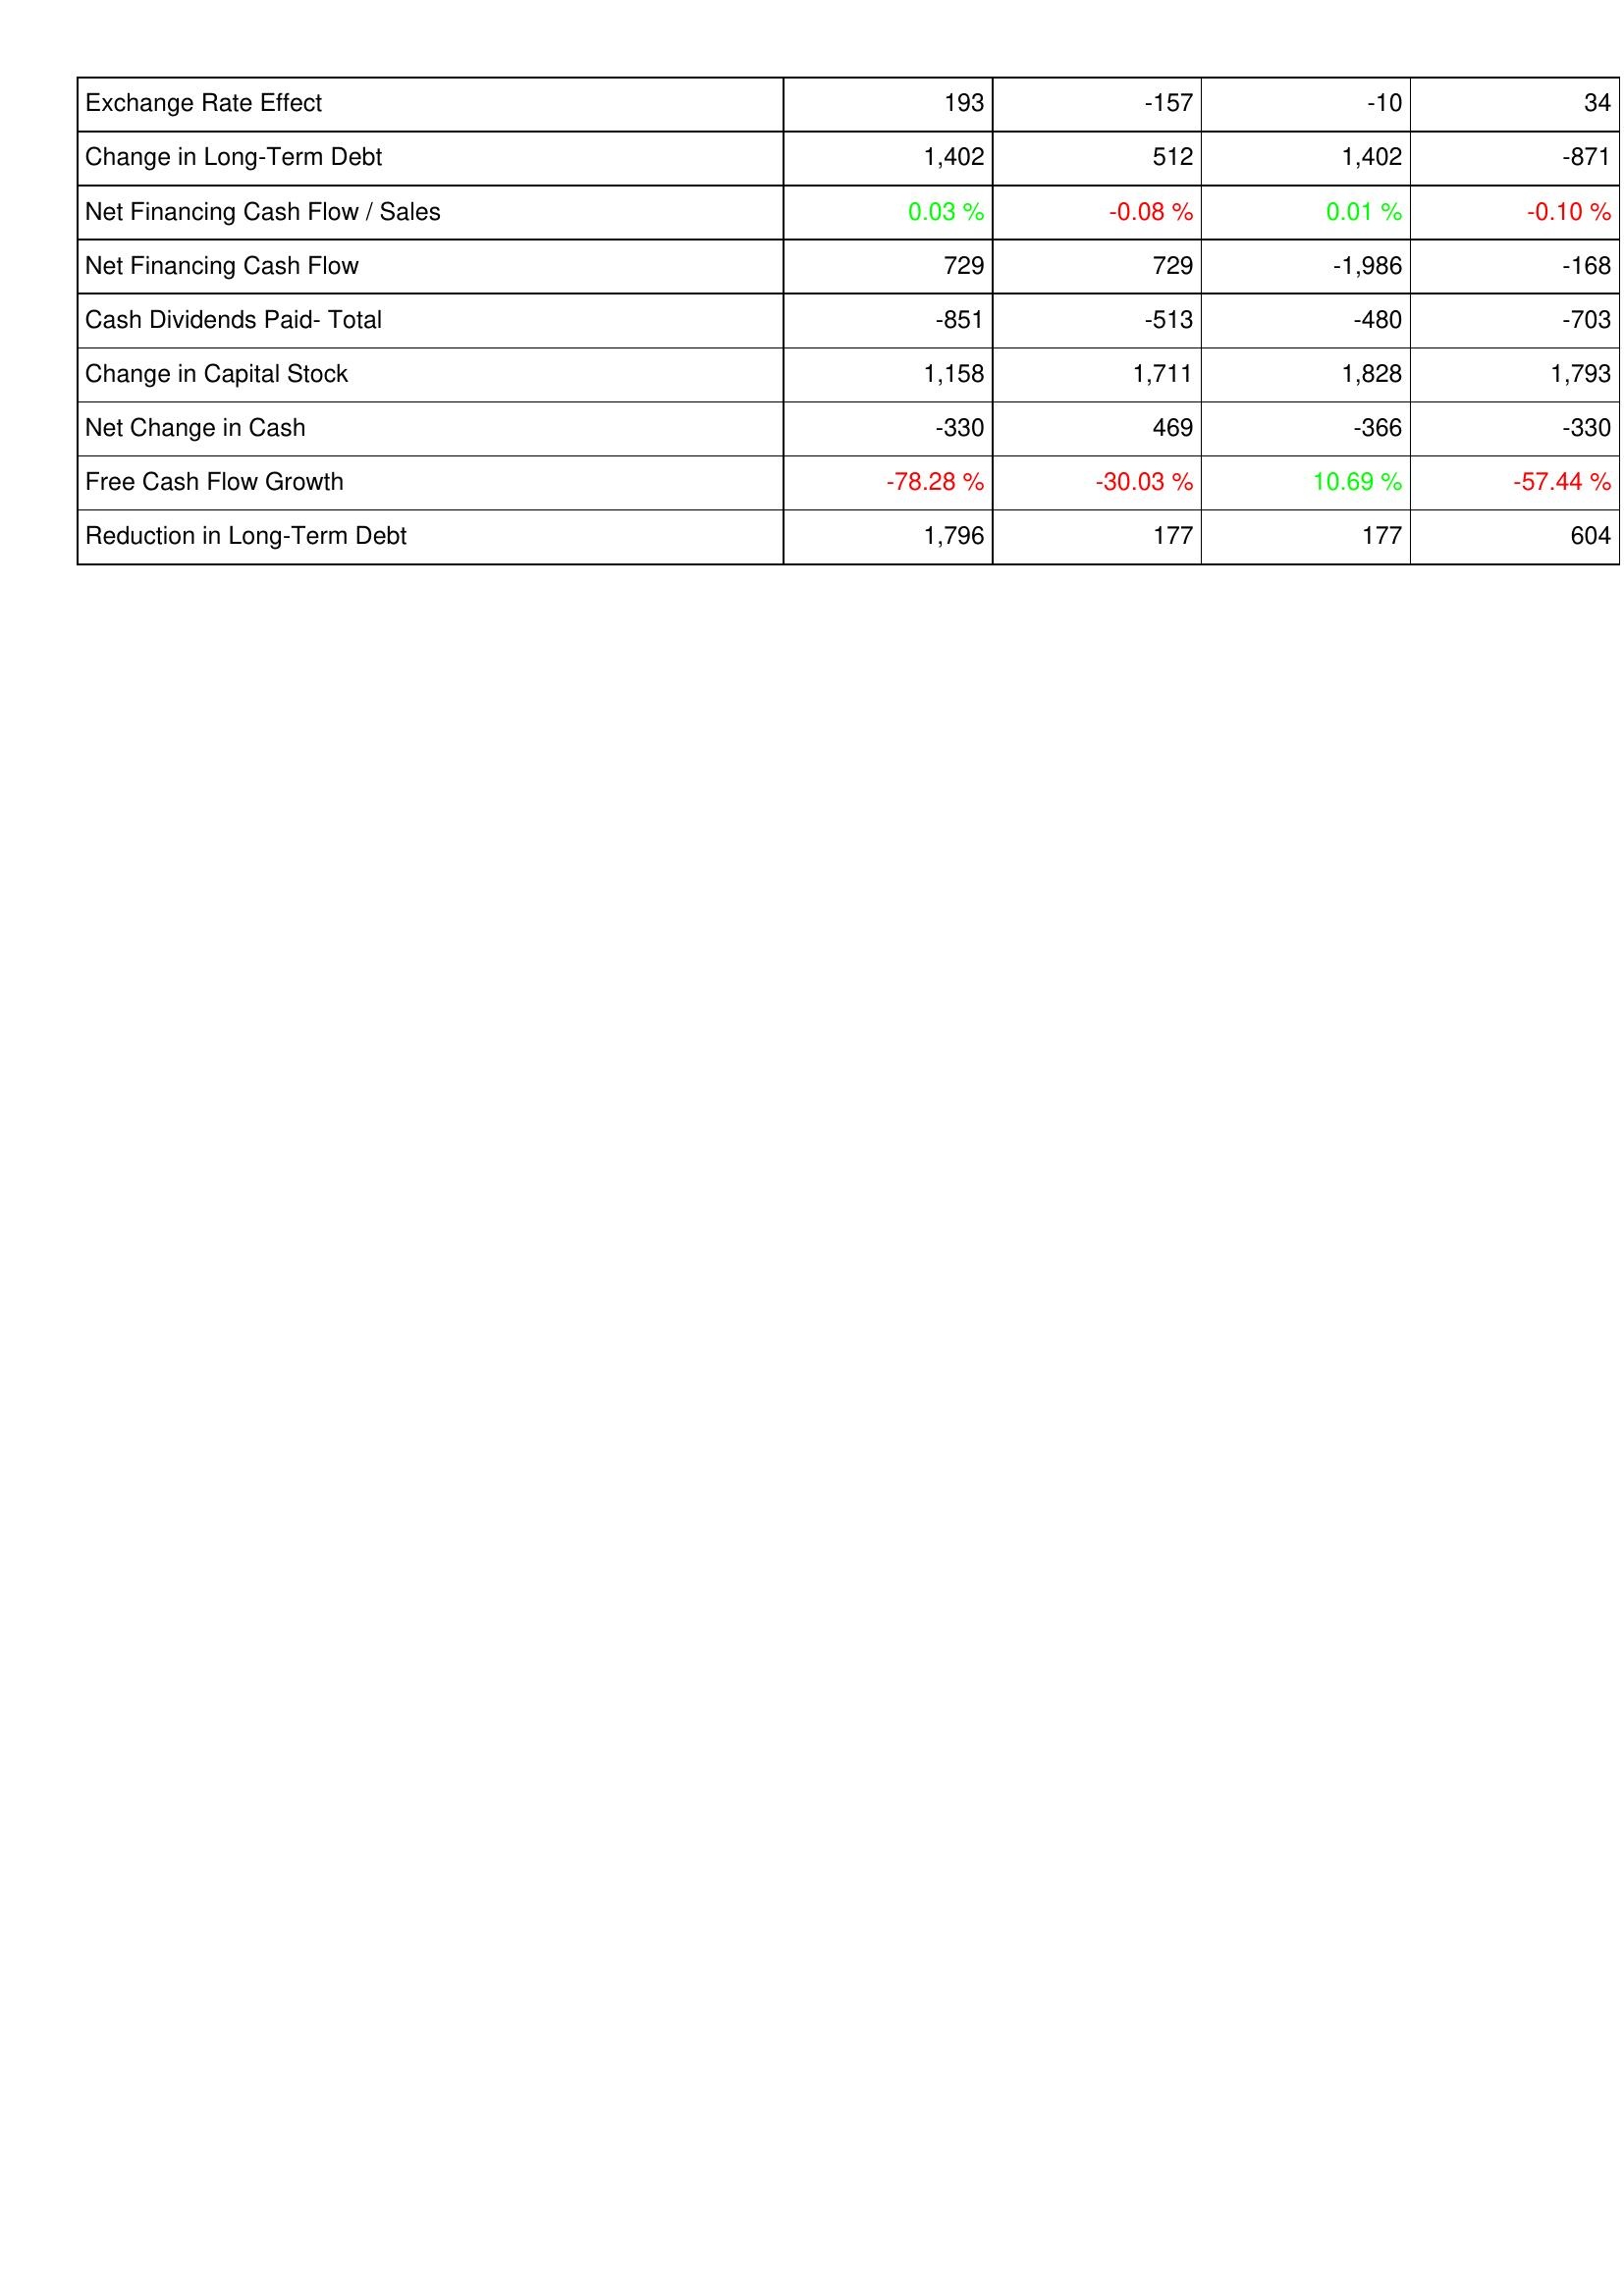
2023: Financing Activities: Exchange Rate Effect: 193
Change in Long-Term Debt: 1,402
Net Financing Cash Flow / Sales: 0.03 %
Net Financing Cash Flow: 729
Cash Dividends Paid- Total: -851
Change in Capital Stock: 1,158
Net Change in Cash: -330
Free Cash Flow Growth: -78.28 %
Reduction in Long-Term Debt: 1,796
2022: Financing Activities: Exchange Rate Effect: -157
Change in Long-Term Debt: 512
Net Financing Cash Flow / Sales: -0.08 %
Net Financing Cash Flow: 729
Cash Dividends Paid- Total: -513
Change in Capital Stock: 1,711
Net Change in Cash: 469
Free Cash Flow Growth: -30.03 %
Reduction in Long-Term Debt: 177
2021: Financing Activities: Exchange Rate Effect: -10
Change in Long-Term Debt: 1,402
Net Financing Cash Flow / Sales: 0.01 %
Net Financing Cash Flow: -1,986
Cash Dividends Paid- Total: -480
Change in Capital Stock: 1,828
Net Change in Cash: -366
Free Cash Flow Growth: 10.69 %
Reduction in Long-Term Debt: 177
2020: Financing Activities: Exchange Rate Effect: 34
Change in Long-Term Debt: -871
Net Financing Cash Flow / Sales: -0.10 %
Net Financing Cash Flow: -168
Cash Dividends Paid- Total: -703
Change in Capital Stock: 1,793
Net Change in Cash: -330
Free Cash Flow Growth: -57.44 %
Reduction in Long-Term Debt: 604